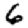
Digit: 6